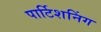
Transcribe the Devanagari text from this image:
पार्टिशनिंग